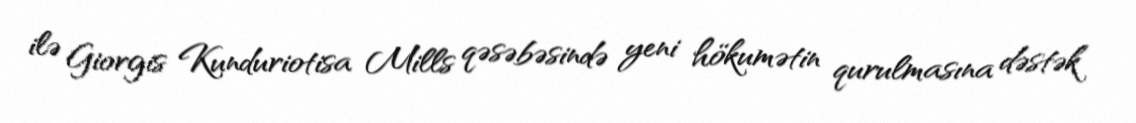
ilə Giorgis Kunduriotisa Mills qəsəbəsində yeni hökumətin qurulmasına dəstək